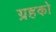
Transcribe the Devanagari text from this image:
ग्रहको